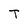
Character: T